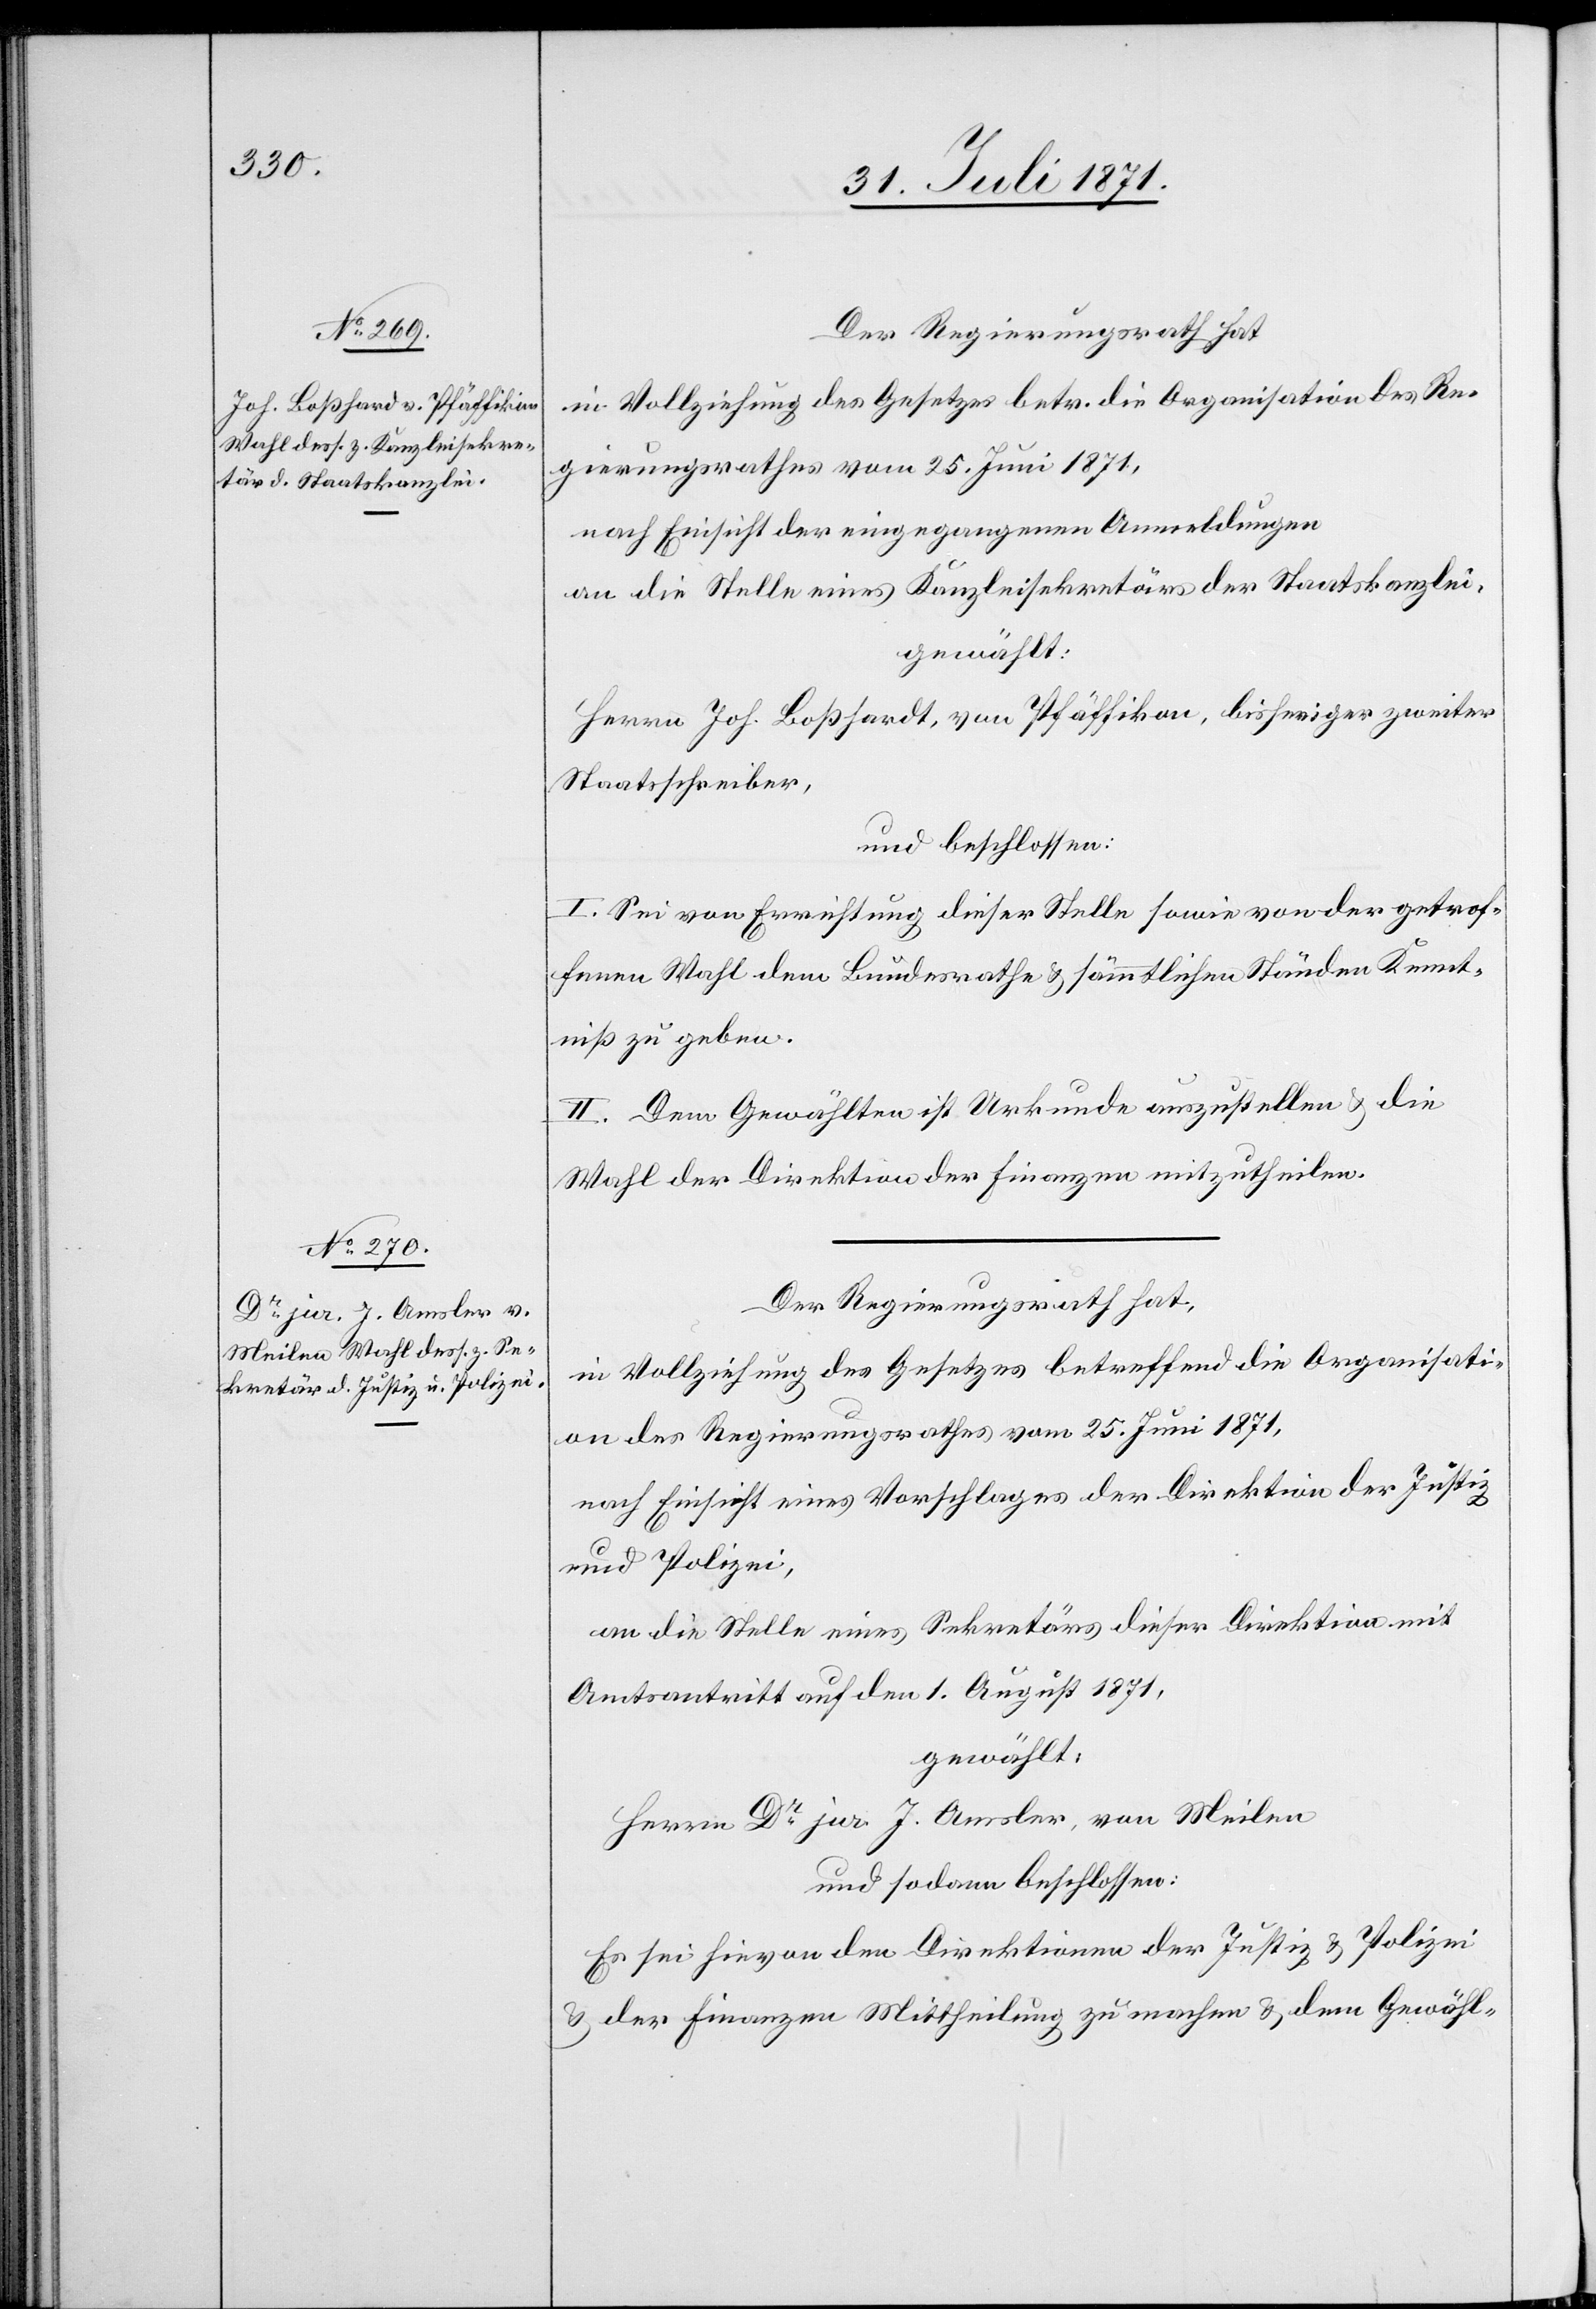
Der Regierungsrath hat
in Vollziehung des Gesetzes betr. die Organisation des Re¬
gierungsrathes vom 25. Juni 1871,
nach Einsicht der eingegangenen Anmeldungen
an die Stelle eines Kanzleisekretärs der Staatskanzlei,
gewählt:
Herrn Joh. Boßhardt [sic!], von Pfäffikon, bisheriger zweiter
Staatsschreiber,
und beschlossen:
I. Sei von Errichtung dieser Stelle sowie von der getrof¬
fenen Wahl dem Bundesrathe u. sämmtlichen Ständen Kennt¬
niß zu geben.
II. Dem Gewählten ist Urkunde auszustellen u. die
Wahl der Direktion der Finanzen mitzutheilen.
Der Regierungsrath hat,
in Vollziehung des Gesetzes betreffend die Organisati¬
on des Regierungsrathes vom 25. Juni 1871,
nach Einsicht eines Vorschlages der Direktion der Justiz
und Polizei,
an die Stelle eines Sekretärs dieser Direktion mit
Amtsantritt auf den 1. August 1871,
gewählt,
Herrn Dr. jur. J. Amsler, von Meilen
und sodann beschlossen:
Es sei hievon den Direktionen der Justiz u. Polizei
u. der Finanzen Mittheilung zu machen u. dem Gewähl-